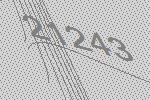
21243